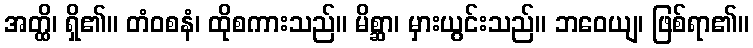
အတ္ထိ၊ ရှိ၏။ တံဝစနံ၊ ထိုစကားသည်။ မိစ္ဆာ၊ မှားယွင်းသည်။ ဘဝေယျ၊ ဖြစ်ရာ၏။